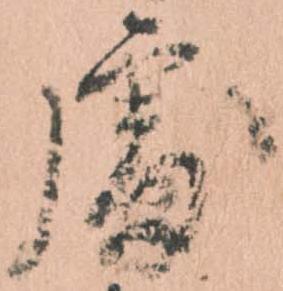
処